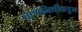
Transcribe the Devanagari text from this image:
नाणेनिधीकडून